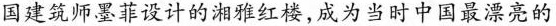
国建筑师墨菲设计的湘雅红楼，成为当时中国最漂亮的